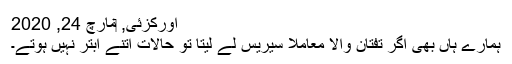
آورکزئی, ‏مارچ 24, 2020
ہمارے ہاں بھی اگر تفتان والا معاملا سیریس لے لیتا تو حالات اتنے ابتر نہیں ہوتے۔